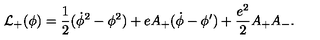
{ \cal L } _ { + } ( \phi ) = { \frac { 1 } { 2 } } ( \dot { \phi } ^ { 2 } - \phi ^ { 2 } ) + e A _ { + } ( \dot { \phi } - \phi ^ { \prime } ) + { \frac { e ^ { 2 } } { 2 } } A _ { + } A _ { - } .